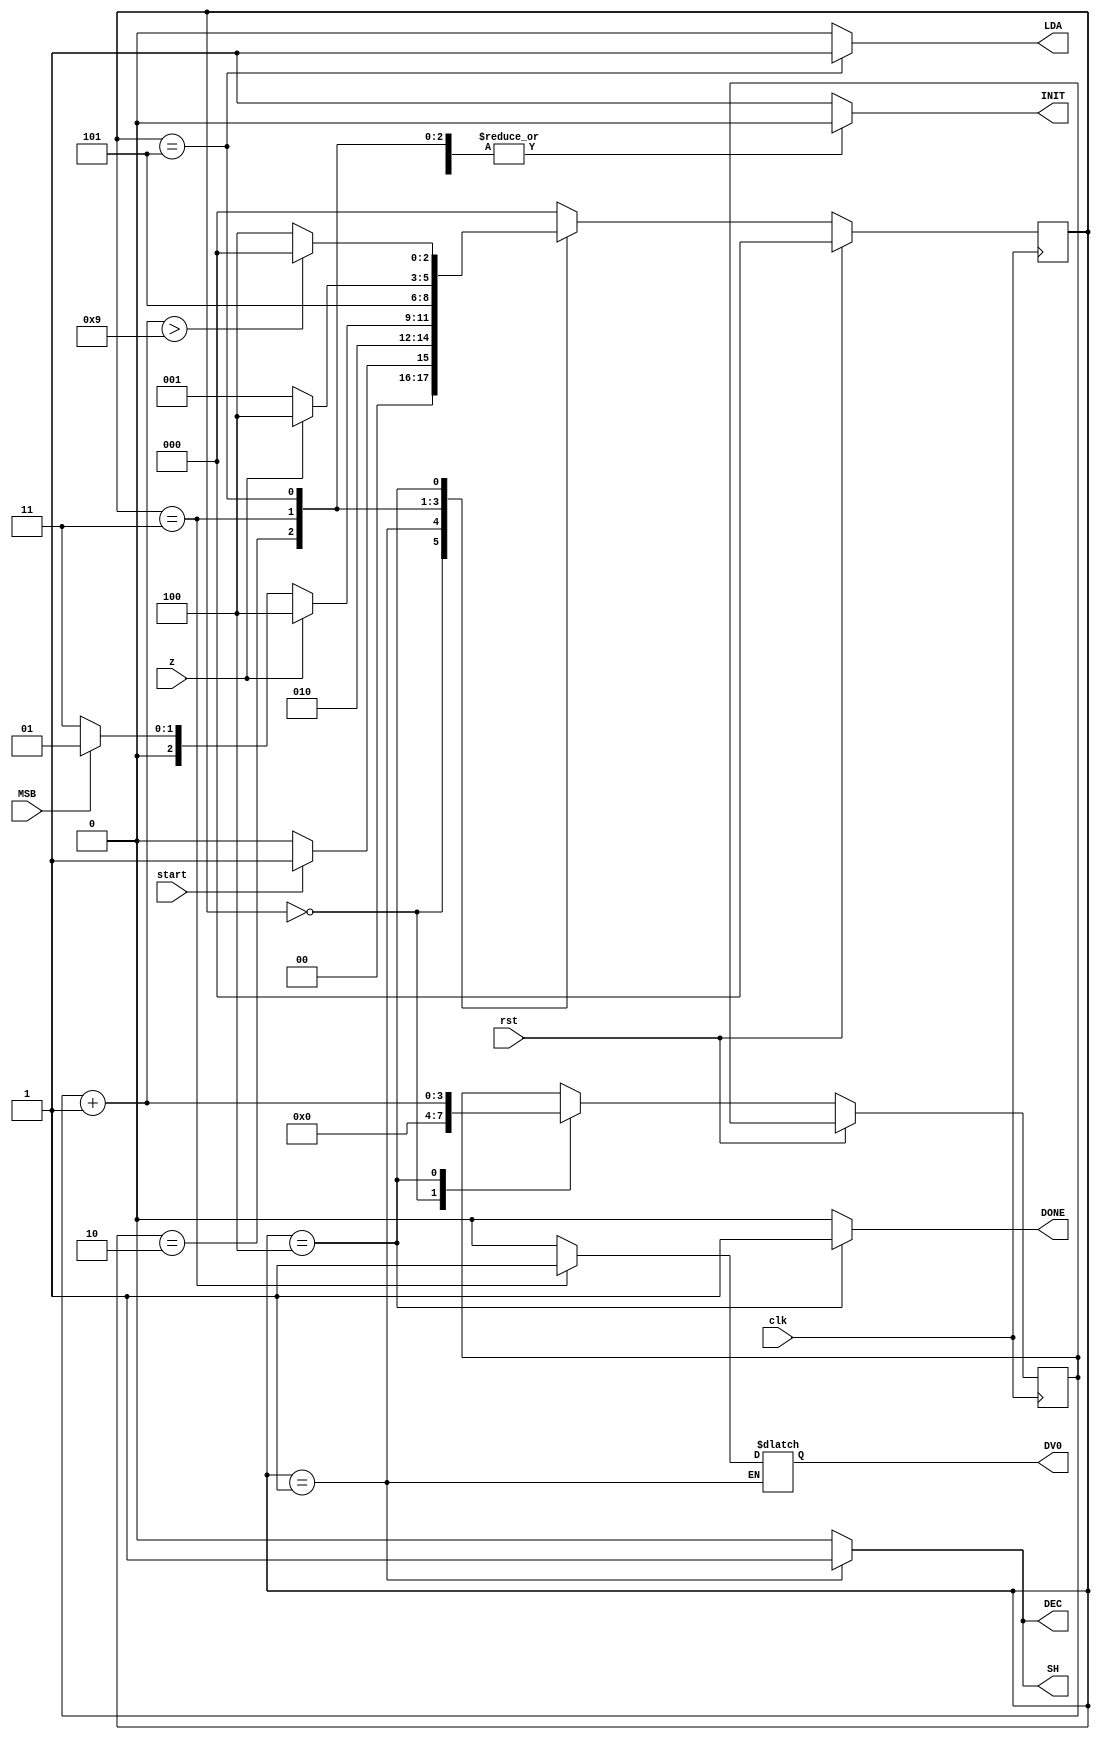
module control_div( clk , rst , start , MSB , z , INIT , SH , DEC , LDA , DONE, DV0  );


 input clk;
 input rst;
 input start;
 input MSB;
 input z;

 output reg INIT;
 output reg DV0;
 output reg SH;
 output reg DEC;
 output reg LDA;
 output reg DONE;


 parameter START  = 3'b000;
 parameter SHIFT_DEC  = 3'b001;
 parameter CHECK  = 3'b010;
 parameter ADD  = 3'b011;
 parameter LOAD  = 3'b101; //agregado
 parameter END1  = 3'b100;
 
 reg [2:0] state;
 
 initial begin
  INIT=1;
  DV0=0;
  SH=0;
  DEC=0;
  LDA=0;
  DONE=0;
 end

reg [3:0] count;

always @(posedge clk) begin
    if (rst) begin
      state = START;
    end else begin
    case(state)

     START: begin
      count=0;
      if(start)
        state = SHIFT_DEC;
      else
        state = START;
	end
     SHIFT_DEC:
        state = CHECK;
     CHECK: 
      if(z)
        state = END1;
      	else begin 
		if (MSB==0)
        	state = ADD;
		else
        	state = SHIFT_DEC;
     	end
     ADD: state=LOAD;
     LOAD:
      if(z)
        state = END1;
      else
        state = SHIFT_DEC;
     END1:begin
	count = count + 1;
	state = (count>9) ? START : END1 ; // hace falta de 10 ciclos de reloj, para que lea el done y luego cargue el resultado
	end
     default: state = START;
     
   endcase
   end
 end

always @(state) begin
  case(state)
    START:begin
	INIT=1;
	DV0=0;
	SH=0;
	DEC=0;
	LDA=0;
	DONE=0;
       end
     SHIFT_DEC:begin
	INIT=0;
	DV0=DV0;
	SH=1;
	DEC=1;
	LDA=0;
	DONE=0;
       end
     CHECK:begin
	INIT=0;
	DV0=0;
	SH=0;
	DEC=0;
	LDA=0;
	DONE=0;
       end
     ADD:begin
	INIT=0;
	DV0=1; // primero suma
	SH=0;
	DEC=0;
	LDA=0;
	DONE=0;
       end
     LOAD:begin
	INIT=0;
	DV0=0;
	SH=0;
	DEC=0;
	LDA=1; // ahora carga el resultado
	DONE=0;
       end
     END1:begin
	INIT=0;
	DV0=0;
	SH=0;
	DEC=0;
	LDA=0;
	DONE=1;
       end
     default:begin
	INIT=1;
	DV0=0;
	SH=0;
	DEC=0;
	LDA=0;
	DONE=0;
       end
  endcase
end

endmodule